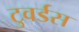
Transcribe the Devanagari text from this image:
टुवर्डस